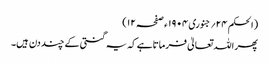
(الحکم ۲۴؍جنوری ۱۹۰۴ ء صفحہ ۱۲)
پھر اللہ تعالیٰ فرماتاہے کہ یہ گنتی کے چند دن ہیں۔